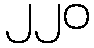
၂၂၀